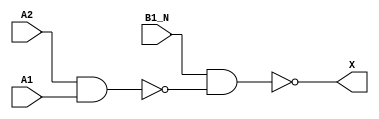
/*
 * Copyright 2020 The SkyWater PDK Authors
 *
 * Licensed under the Apache License, Version 2.0 (the "License");
 * you may not use this file except in compliance with the License.
 * You may obtain a copy of the License at
 *
 *     https://www.apache.org/licenses/LICENSE-2.0
 *
 * Unless required by applicable law or agreed to in writing, software
 * distributed under the License is distributed on an "AS IS" BASIS,
 * WITHOUT WARRANTIES OR CONDITIONS OF ANY KIND, either express or implied.
 * See the License for the specific language governing permissions and
 * limitations under the License.
 *
 * SPDX-License-Identifier: Apache-2.0
*/


`ifndef SKY130_FD_SC_HDLL__A21BO_FUNCTIONAL_V
`define SKY130_FD_SC_HDLL__A21BO_FUNCTIONAL_V

/**
 * a21bo: 2-input AND into first input of 2-input OR,
 *        2nd input inverted.
 *
 *        X = ((A1 & A2) | (!B1_N))
 *
 * Verilog simulation functional model.
 */

`timescale 1ns / 1ps
`default_nettype none

`celldefine
module sky130_fd_sc_hdll__a21bo (
    X   ,
    A1  ,
    A2  ,
    B1_N
);

    // Module ports
    output X   ;
    input  A1  ;
    input  A2  ;
    input  B1_N;

    // Local signals
    wire nand0_out  ;
    wire nand1_out_X;

    //   Name   Output       Other arguments
    nand nand0 (nand0_out  , A2, A1         );
    nand nand1 (nand1_out_X, B1_N, nand0_out);
    buf  buf0  (X          , nand1_out_X    );

endmodule
`endcelldefine

`default_nettype wire
`endif  // SKY130_FD_SC_HDLL__A21BO_FUNCTIONAL_V